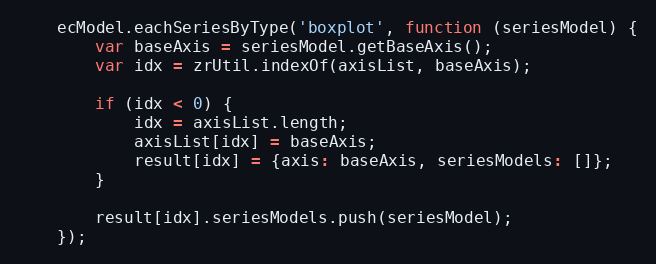
Language: JavaScript
    ecModel.eachSeriesByType('boxplot', function (seriesModel) {
        var baseAxis = seriesModel.getBaseAxis();
        var idx = zrUtil.indexOf(axisList, baseAxis);

        if (idx < 0) {
            idx = axisList.length;
            axisList[idx] = baseAxis;
            result[idx] = {axis: baseAxis, seriesModels: []};
        }

        result[idx].seriesModels.push(seriesModel);
    });